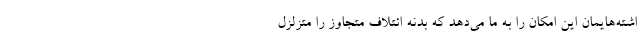
اشته‌هایمان این امکان را به ما می‌دهد که بدنه ائتلاف متجاوز را متزلزل